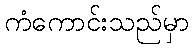
ကံကောင်းသည်မှာ